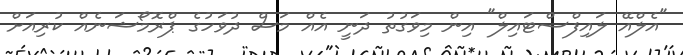
"އެލްއޭ ލައިފްސްޓައިލް" އިން މިވަގުތު ދަނީ އެއް މަސް ދުވަހުގެ ޕްރޮމޯޝަނެއް ކުރިއަށް